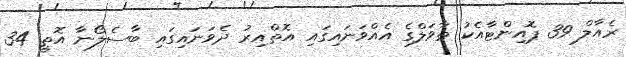
ރެއާލް 39 ޕޮއިންޓާއެކު ތާވަލްގެ އެއްވަނައިގައި އޮތްއިރު ދެވަނައިގައި ބާސެލޯނާ އޮތީ 34